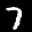
Label: 7